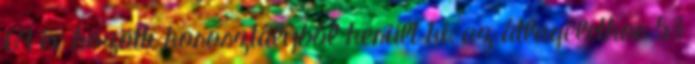
69 év közötti korosztályból került ki, az átlagéletkor 53